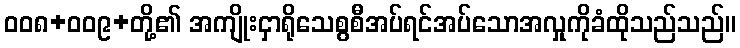
ဝဝ၈+ဝဝ၉+တို့၏ အကျိုးငှာရိုသေစွစီအပ်ရင်အပ်သောအလှုကိုခံထိုသည်သည်။